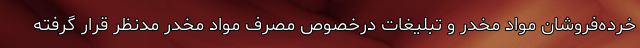
خرده‌فروشان مواد مخدر و تبلیغات درخصوص مصرف مواد مخدر مدنظر قرار گرفته